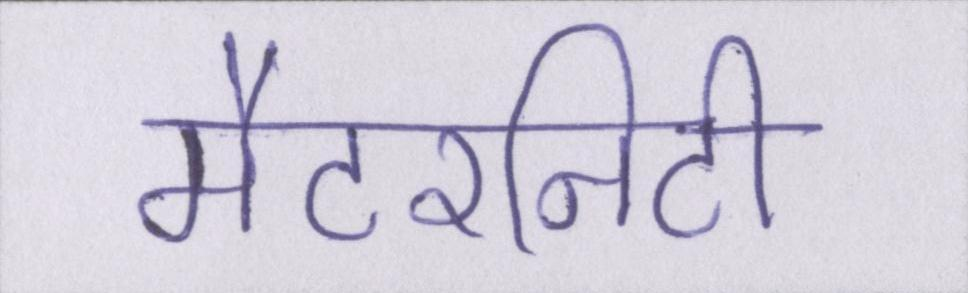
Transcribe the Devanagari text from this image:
मैटरनिटी